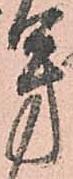
芳